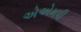
એએમપી